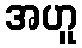
အဟူ